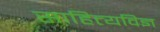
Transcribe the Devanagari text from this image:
साहित्यविज्ञ